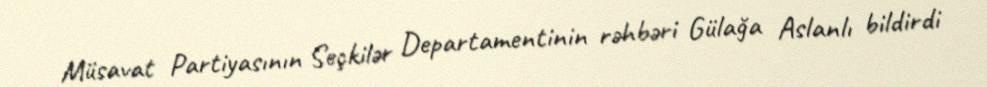
Müsavat Partiyasının Seçkilər Departamentinin rəhbəri Gülağa Aslanlı bildirdi